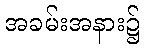
အခမ်းအနား၌